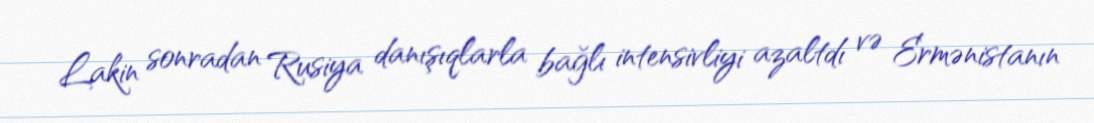
Lakin sonradan Rusiya danışıqlarla bağlı intensivliyi azaltdı və Ermənistanın